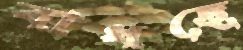
বাধছে